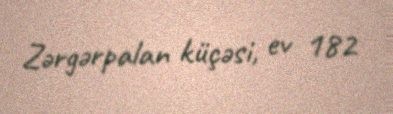
Zərgərpalan küçəsi, ev 182